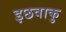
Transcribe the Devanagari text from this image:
इछवाकु